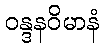
ဝန္ဒနဝိမာနံ